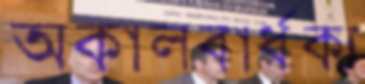
অকালবার্ধক্য